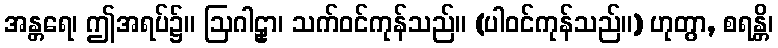
အန္တရေ၊ ဤအရပ်၌။ ဩဂါဠှာ၊ သက်ဝင်ကုန်သည်။ (ပါဝင်ကုန်သည်။) ဟုတွာ, စရန္တိ၊